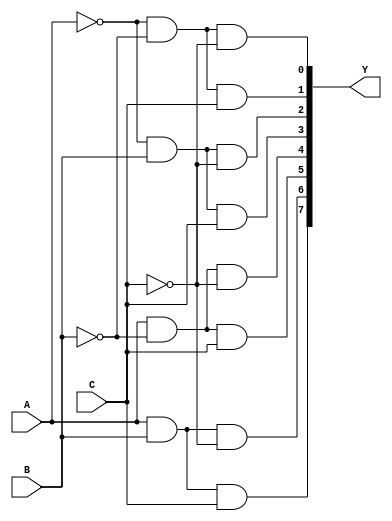
// This program was cloned from: https://github.com/aryanmahawar205/ModelSim-IntelFPGA
// License: GNU General Public License v3.0

//Dataflow Modelling for 3 to 8 Decoder

module decoder_3_to_8_df(A, B, C, Y);
input A, B, C; output [7:0]Y;
assign Y[0] = ~A&~B&~C;
assign Y[1] = ~A&~B&C;
assign Y[2] = ~A&B&~C;
assign Y[3] = ~A&B&C;
assign Y[4] = A&~B&~C;
assign Y[5] = A&~B&C;
assign Y[6] = A&B&~C;
assign Y[7] = A&B&C;
endmodule